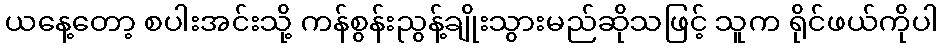
ယနေ့တော့ စပါးအင်းသို့ ကန်စွန်းညွန့်ချိုးသွားမည်ဆိုသဖြင့် သူက ရိုင်ဖယ်ကိုပါ